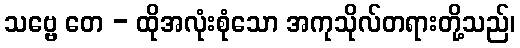
သဗ္ဗေ တေ - ထိုအလုံးစုံသော အကုသိုလ်တရားတို့သည်၊